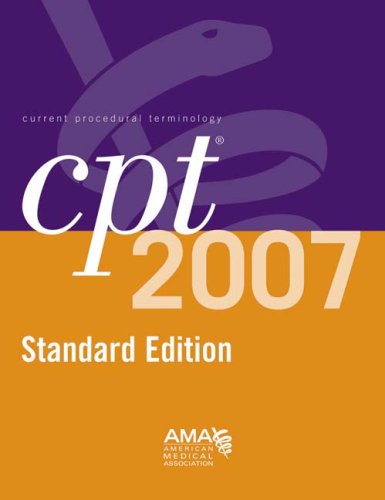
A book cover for CPT Softbound Edition 2007 (Current Procedural Terminology (CPT) Standard); AMA American Medical Association; Medical Books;